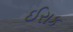
ઈરાક